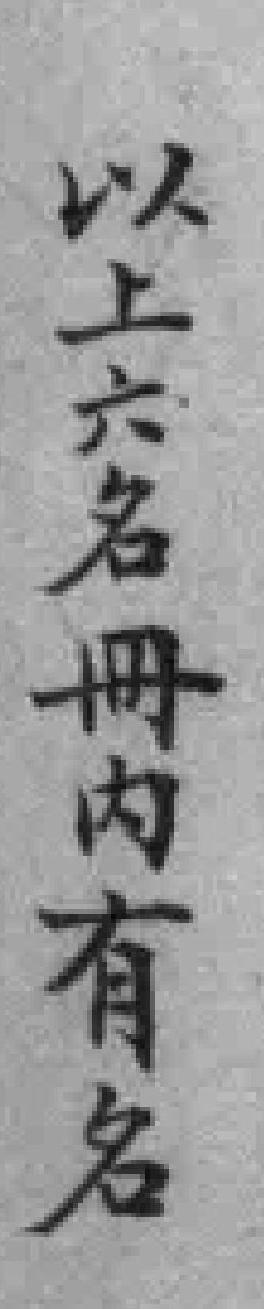
以上六名冊內有名